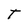
Character: T